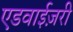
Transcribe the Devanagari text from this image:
एडवाईज़री